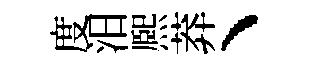
度汨熈莽丶